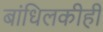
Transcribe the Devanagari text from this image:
बांधिलकीही